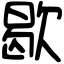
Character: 歇